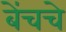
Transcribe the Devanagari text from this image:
बेंचचे